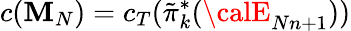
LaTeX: c(\mathbf{M}_{N})=c_{T}(\tilde{{\pi}}_{k}^{*}({\calE}_{Nn+1}))